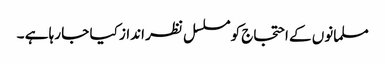
مسلمانوں کے احتجاج کو مسلسل نظر انداز کیا جا رہا ہے ۔